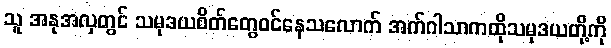
သူ အနုအလှတွင် သမုဒယစိတ်တွေဝင်နေသလောက် အက်ဂါသာကထိုသမုဒယတို့ကို